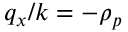
q _ { x } / k = - \rho _ { p }